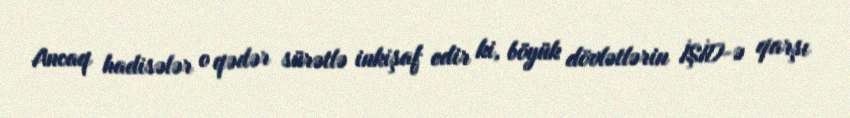
Ancaq hadisələr o qədər sürətlə inkişaf edir ki, böyük dövlətlərin İŞİD-ə qarşı